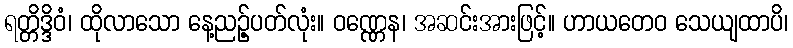
ရတ္တိဒ္ဒိဝံ၊ ထိုလာသော နေ့ညဉ့်ပတ်လုံး။ ဝဏ္ဏေန၊ အဆင်းအားဖြင့်။ ဟာယတေဝ သေယျထာပိ၊